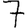
Digit: 7